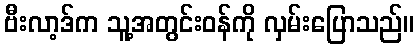
ဗီးလာ့ဒ်က သူ့အတွင်းဝန်ကို လှမ်းပြောသည်။